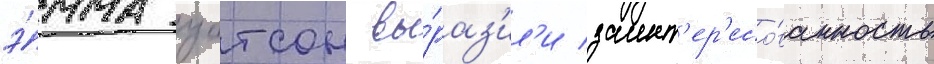
э́мма уотсон вы́раз'ил'и заинт'ер'есо́ванность